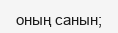
оның санын;